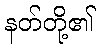
နတ်တို့၏